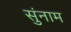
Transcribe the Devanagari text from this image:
सुंनाम